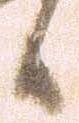
候